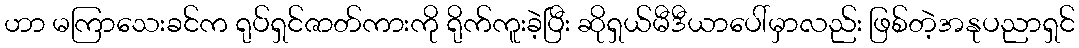
ဟာ မကြာသေးခင်က ရုပ်ရှင်ဇာတ်ကားကို ရိုက်ကူးခဲ့ပြီး ဆိုရှယ်မီဒီယာပေါ်မှာလည်း ဖြစ်တဲ့အနုပညာရှင်